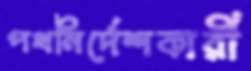
পথনির্দেশকারী